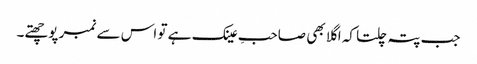
جب پتہ چلتا کہ اگلا بھی صاحبِ عینک ہے تو اس سے نمبر پوچھتے۔